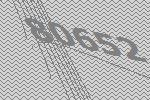
80652